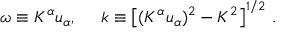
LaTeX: \omega \equiv K ^ { \alpha } u _ { \alpha } , \; \; \; \; \; k \equiv \left[ ( K ^ { \alpha } u _ { \alpha } ) ^ { 2 } - K ^ { 2 } \right] ^ { 1 / 2 } \, .